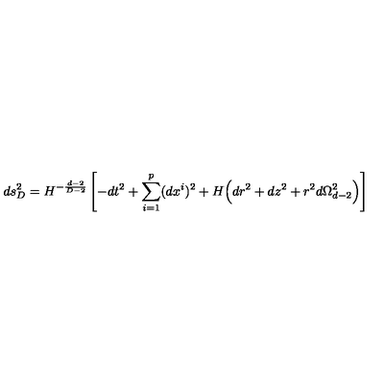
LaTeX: d s _ { D } ^ { 2 } = H ^ { - \frac { d - 2 } { D - 2 } } \left[ - d t ^ { 2 } + \sum _ { i = 1 } ^ { p } ( d x ^ { i } ) ^ { 2 } + H \Big ( d r ^ { 2 } + d z ^ { 2 } + r ^ { 2 } d \Omega _ { d - 2 } ^ { 2 } \Big ) \right]